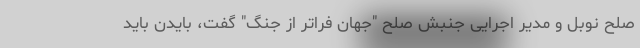
صلح نوبل و مدیر اجرایی جنبش صلح "جهان فراتر از جنگ" گفت، بایدن باید